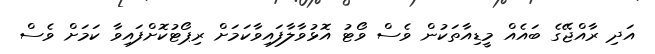
އަދި ރާއްޖޭގެ ބައެއް މީޑިއާތަކުން ވެސް ވޯޓު އޮޅުވާލާފައިވާކަމަށް ރިޕޯޓުކޮށްފައިވާ ކަމަށް ވެސް